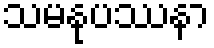
သမနုပဿနာ